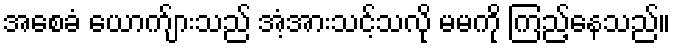
အစေခံ ယောက်ျားသည် အံ့အားသင့်သလို မမကို ကြည့်နေသည်။